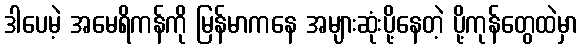
ဒါပေမဲ့ အမေရိကန်ကို မြန်မာကနေ အများဆုံးပို့နေတဲ့ ပို့ကုန်တွေထဲမှာ